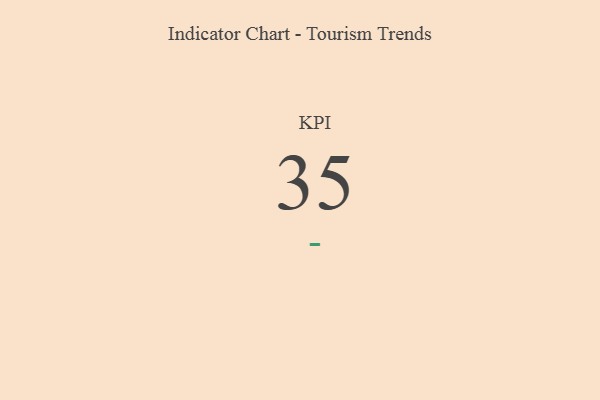
{"axis": {"x": "KPI", "y": "Value"}, "legend": [""], "data": [{"x": "KPI", "y": 35, "type": ""}]}